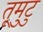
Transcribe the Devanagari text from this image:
तूमुटु